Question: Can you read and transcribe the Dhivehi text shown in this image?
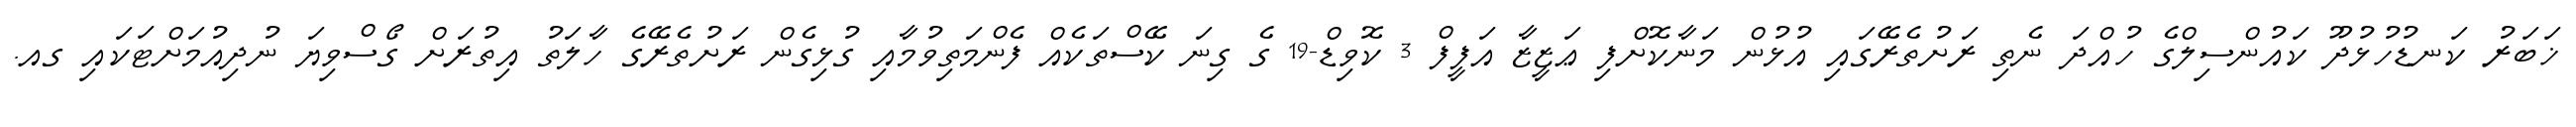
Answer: ޚަބަރު ކަނޑުހުޅުދޫ ކައުންސިލްގެ ހުއްދަ ނެތި ރަށުތެރޭގައި އުޅުން މަނާކޮށްފި ޢަޒީޒާ އަފީފް 3 ކޮވިޑް-19 ގެ ގިނަ ކޭސްތަކެއް ފެންމަތިވުމާއި ގުޅިގެން ރަށުތެރޭގެ ހާލަތު އިތުރަށް ގޯސްވިޔަ ނުދިއުމަށްޓަކައި ގއ.